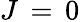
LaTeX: J\, =\, 0